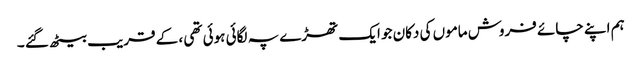
ہم اپنے چائے فروش ماموں کی دکان جو ایک تھڑے پہ لگائی ہوئی تھی ، کے قریب بیٹھ گئے ۔